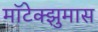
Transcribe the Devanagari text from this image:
मॉटेक्झुमास